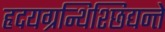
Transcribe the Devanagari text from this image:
हृदयग्रन्थिश्छिद्यन्ते